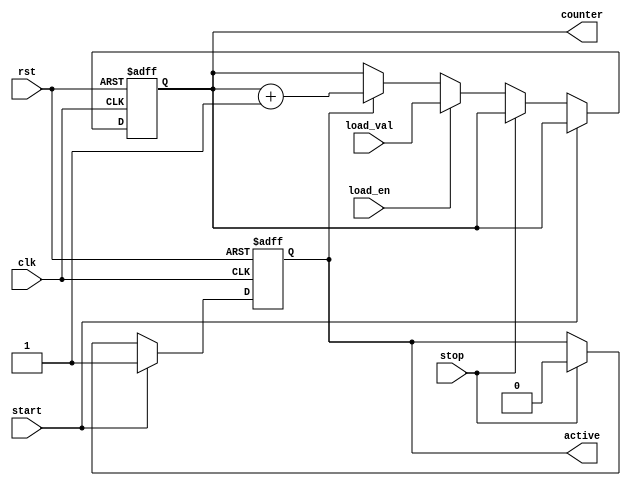
// Copyright (C) 2019 Blu Wireless Ltd.
// All Rights Reserved.
//
// This file is part of BLADE.
//
// BLADE is free software: you can redistribute it and/or modify it under the
// terms of the GNU General Public License as published by the Free Software
// Foundation, either version 3 of the License, or (at your option) any later
// version.
//
// BLADE is distributed in the hope that it will be useful, but WITHOUT ANY
// WARRANTY; without even the implied warranty of MERCHANTABILITY or FITNESS FOR
// A PARTICULAR PURPOSE.  See the GNU General Public License for more details.
//
// You should have received a copy of the GNU General Public License along with
// BLADE.  If not, see <https://www.gnu.org/licenses/>.
//

module CounterCore (
    input             clk,
    input             rst,
    input             start,
    input             stop,
    input      [31:0] load_val,
    input             load_en,
    output reg        active,
    output reg [31:0] counter
);

always @(posedge clk or posedge rst) begin
    if (rst == 1'b1) begin
        active  <= 1'b0;
        counter <= 32'd0;
    end else begin
        // Activate the counter when the start signal is strobed
        if (start) begin
            active <= 1'b1;
        // Halt the counter when the stop signal is strobed
        end else if (stop) begin
            active <= 1'b0;
        // When the load enable signal is strobed, adopt the load value
        end else if (load_en) begin
            counter <= load_val;
        // Otherwise, when active, just count normally
        end else if (active) begin
            counter <= (counter + 32'd1);
        end
    end
end

endmodule